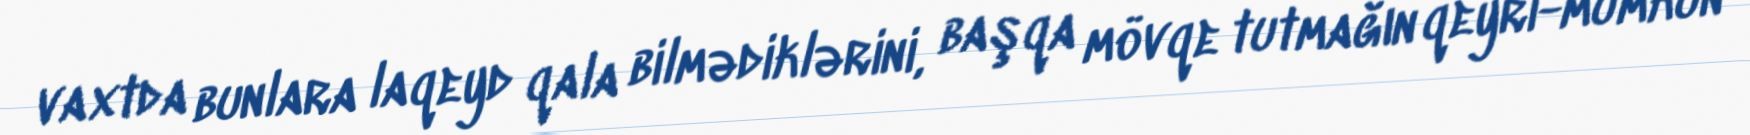
vaxtda bunlara laqeyd qala bilmədiklərini, başqa mövqe tutmağın qeyri-mümkün